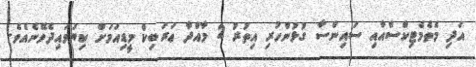
އަދި މެތެމެޓިކްސްއާއި ސައިންސާ ގުޅުންހުރި އިތުރު 2 މާއްދާ ޢަރަބިކް މީޑިއަމަށް ކިޔަވައިދެވޭނެއެވެ.